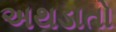
અથડાતો